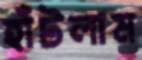
হাঁটলাম